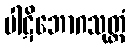
ပါဋိဘောဂသုတ္တံ